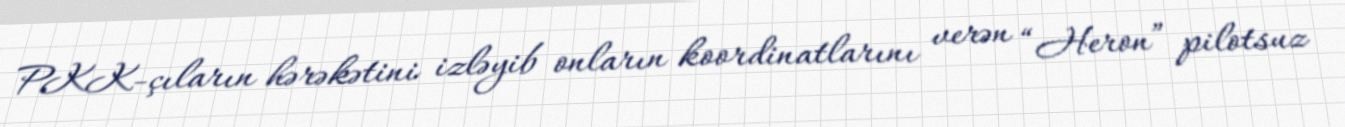
PKK-çıların hərəkətini izləyib onların koordinatlarını verən “Heron” pilotsuz